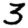
Digit: 3